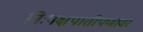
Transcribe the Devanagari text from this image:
निःपक्षपातीपणावर